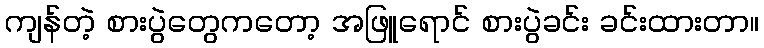
ကျန်တဲ့ စားပွဲတွေကတော့ အဖြူရောင် စားပွဲခင်း ခင်းထားတာ။